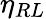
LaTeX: \eta_{RL}